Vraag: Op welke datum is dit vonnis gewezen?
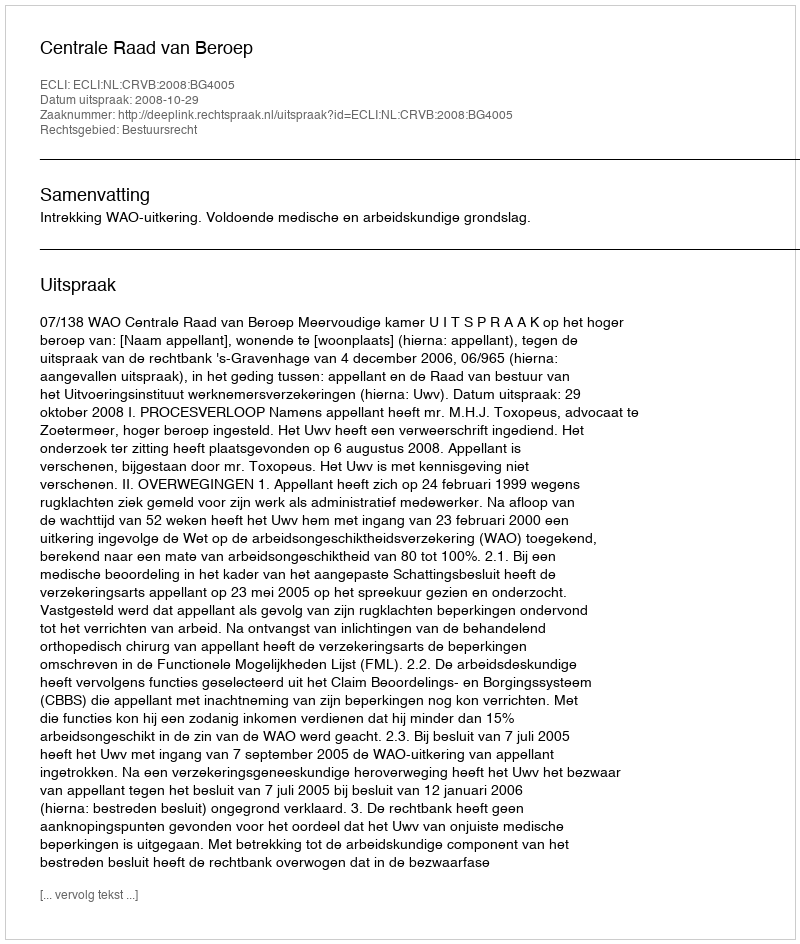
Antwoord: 2008-10-29